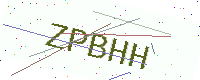
Text: ZPBHH